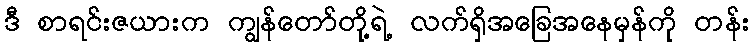
ဒီ စာရင်းဇယားက ကျွန်တော်တို့ရဲ့ လက်ရှိအခြေအနေမှန်ကို တန်း